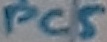
Text: PC5